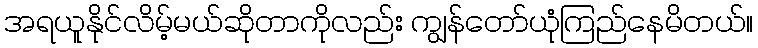
အရယူနိုင်လိမ့်မယ်ဆိုတာကိုလည်း ကျွန်တော်ယုံကြည်နေမိတယ်။